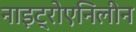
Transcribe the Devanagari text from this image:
नाइट्रोएनिलीन